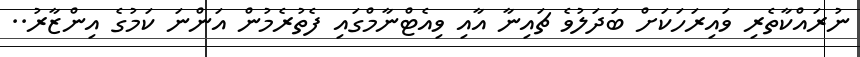
ނުރައްކާތެރި ވައިރަހަކަށް ބަދަލުވެ ޗައިނާ އާއި ވިއެޓްނާމްގައި ފެތުރެމުން އަންނަ ކަމުގެ އިންޒާރު..